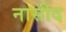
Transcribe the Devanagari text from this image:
नासीद